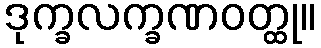
ဒုက္ခလက္ခဏဝတ္ထု။